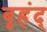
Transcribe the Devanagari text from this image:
बृहंद्